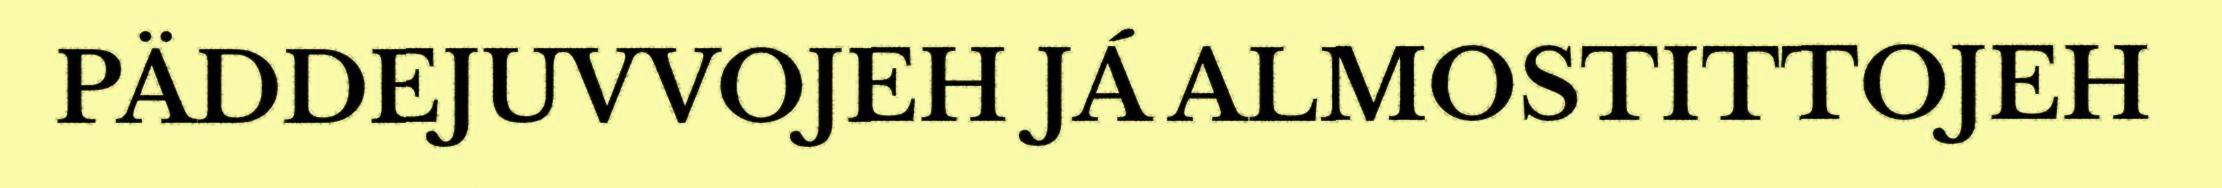
PÄDDEJUVVOJEH JÁ ALMOSTITTOJEH